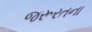
જરૂરતના